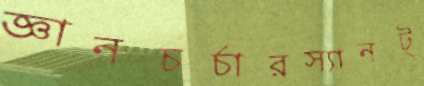
জ্ঞানচর্চারস্যানট্